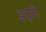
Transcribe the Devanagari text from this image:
इद्ली